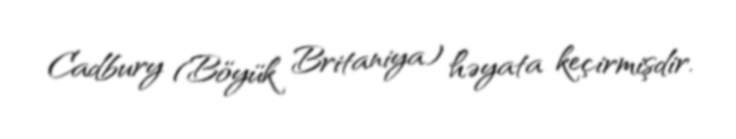
Cadbury (Böyük Britaniya) həyata keçirmişdir.